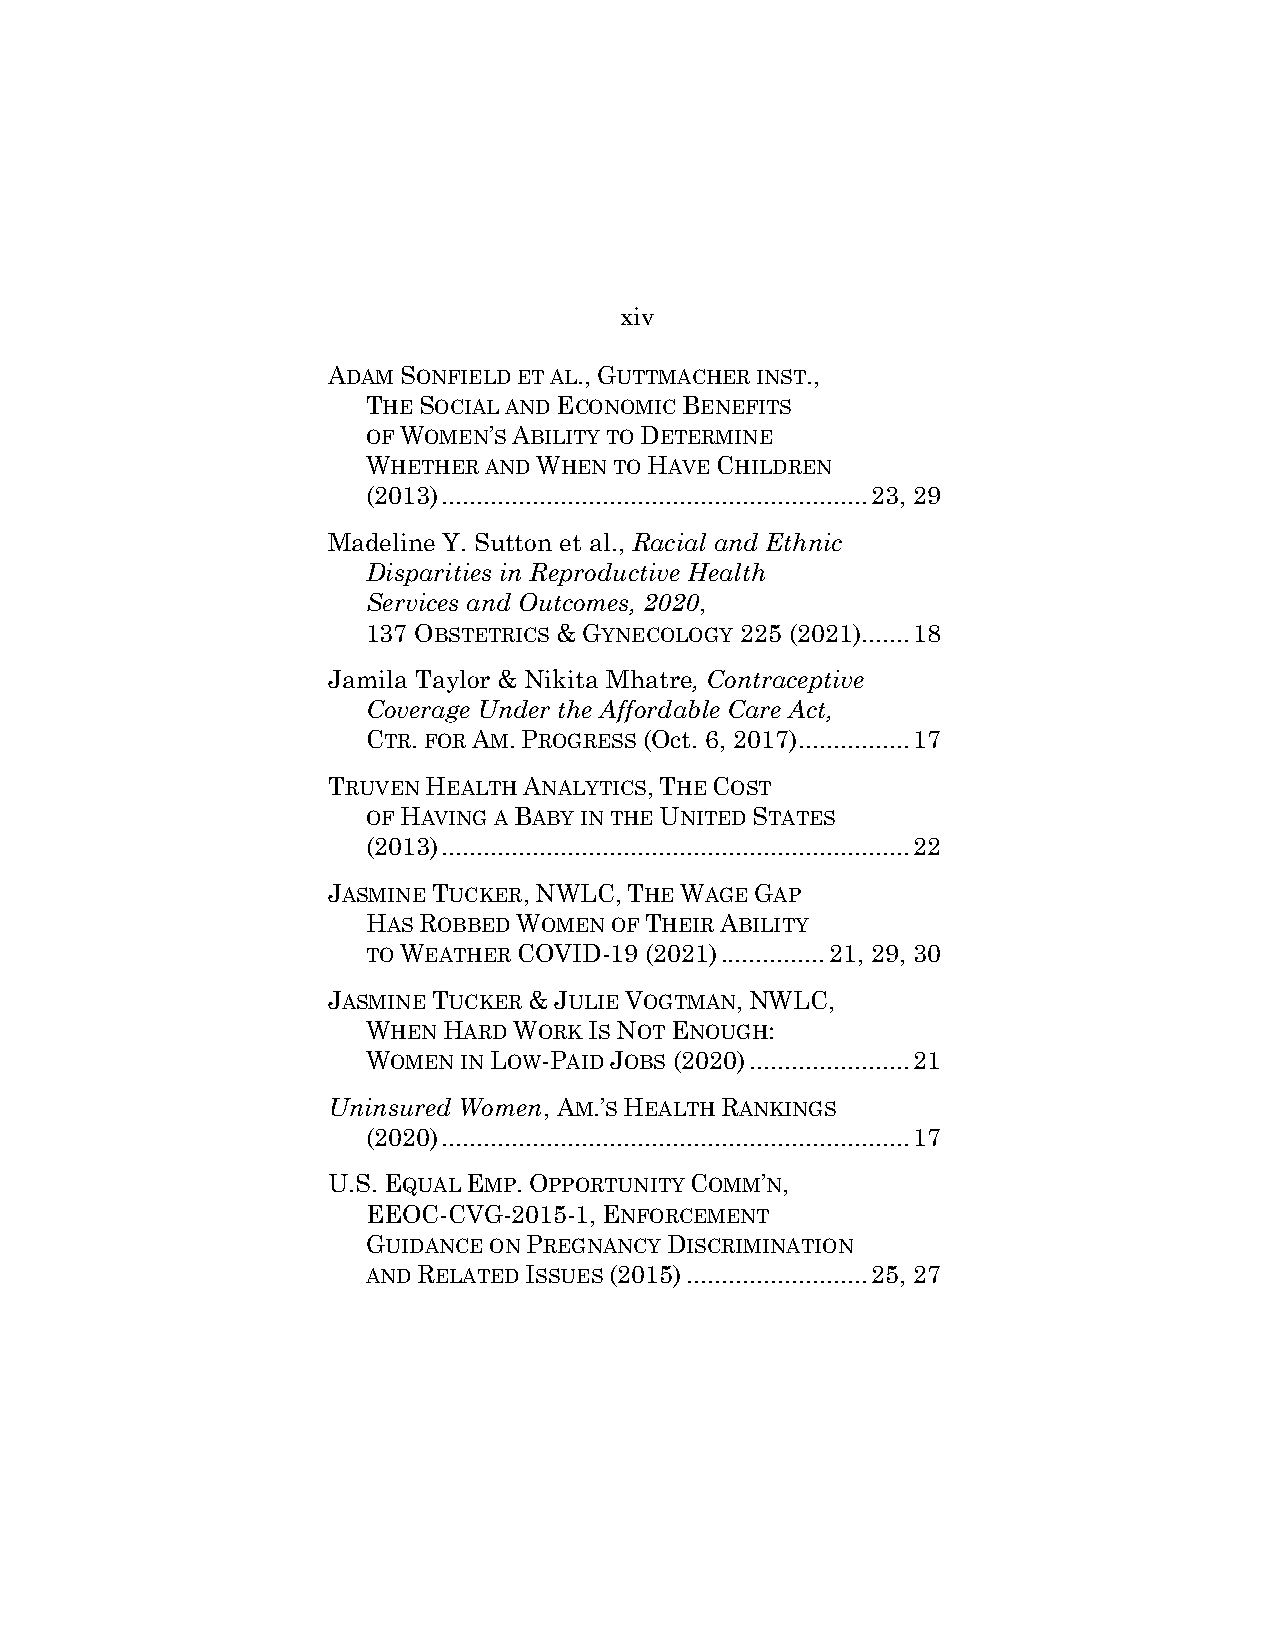
xiv
 ADAM SONFIELD ET AL., GUTTMACHER INST.,
 THE SOCIAL AND ECONOMIC BENEFITS
 OF WOMEN’S ABILITY TO DETERMINE
 WHETHER AND WHEN TO HAVE CHILDREN
 (2013) ............................................................. 23, 29
 Madeline Y. Sutton et al., Racial and Ethnic
 Disparities in Reproductive Health
 Services and Outcomes, 2020,
 137 OBSTETRICS & GYNECOLOGY 225 (2021)....... 18
 Jamila Taylor & Nikita Mhatre, Contraceptive
 Coverage Under the Affordable Care Act,
 CTR. FOR AM. PROGRESS (Oct. 6, 2017) ................ 17
 TRUVEN HEALTH ANALYTICS, THE COST
 OF HAVING A BABY IN THE UNITED STATES
 (2013) ................................................................... 22
 JASMINE TUCKER, NWLC, THE WAGE GAP
 HAS ROBBED WOMEN OF THEIR ABILITY
 TO WEATHER COVID-19 (2021) ............... 21, 29, 30
 JASMINE TUCKER & JULIE VOGTMAN, NWLC,
 WHEN HARD WORK IS NOT ENOUGH:
 WOMEN IN LOW-PAID JOBS (2020) ....................... 21
 Uninsured Women, AM.’S HEALTH RANKINGS
 (2020) ................................................................... 17
 U.S. EQUAL EMP. OPPORTUNITY COMM’N,
 EEOC-CVG-2015-1, ENFORCEMENT
 GUIDANCE ON PREGNANCY DISCRIMINATION
 AND RELATED ISSUES (2015) .......................... 25, 27